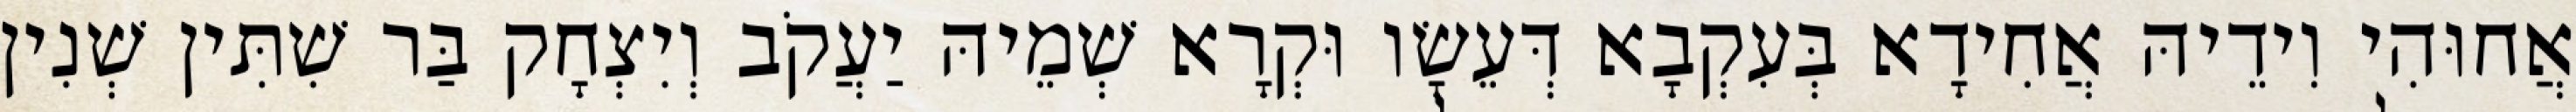
אֲחוּהִי וִידֵיהּ אֲחִידָא בְּעִקְבָא דְּעֵשָׂו וּקְרָא שְׁמֵיהּ יַעֲקֹב וְיִצְחָק בַּר שִׁתִּין שְׁנִין